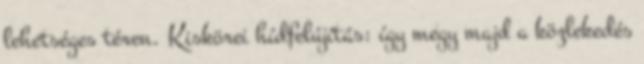
lehetséges téren. Kiskörei hídfelújítás: így megy majd a közlekedés